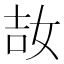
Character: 𡜩